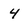
Character: 4